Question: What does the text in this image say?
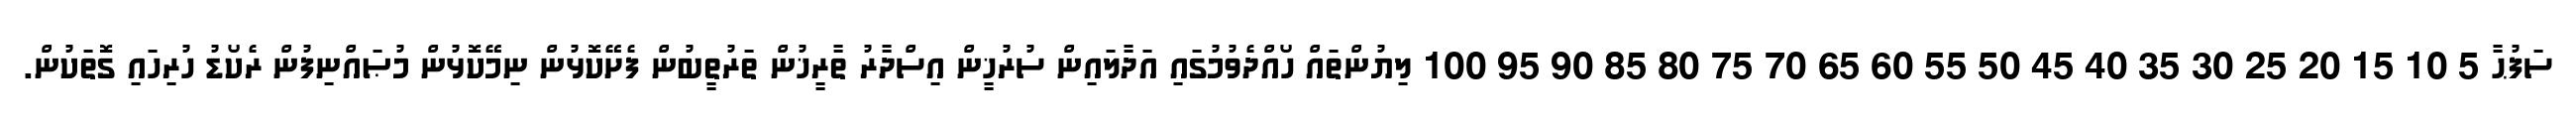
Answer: ސަފުޙާ 5 10 15 20 25 30 35 40 45 50 55 60 65 70 75 80 85 90 95 100 ލިޔުންތައް ހޯއްދެވުމުގައި އަދާލައިން ސުރުޚީން އިސްދާރު ތާރީޚުން ތަރުތީބުން ފެށޭކޮޅުން ނިމޭކޮޅުން މުޞައްނިފުން ރެކޯޑު ހުރިހައި ގޮތަކުން.